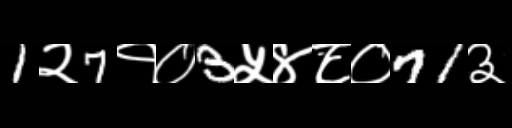
Text: 1२7१०3५४८०71३